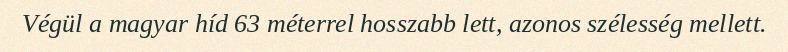
Végül a magyar híd 63 méterrel hosszabb lett, azonos szélesség mellett.